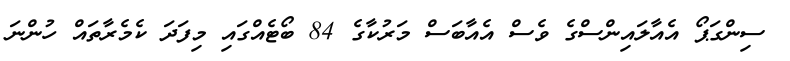
ސިންގަޕޯ އެއާލައިންސްގެ ވެސް އެއާބަސް މަރުކާގެ 84 ބޯޓެއްގައި މިފަދަ ކެމެރާތައް ހުންނަ